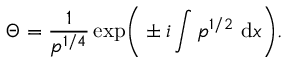
\Theta = \frac { 1 } { p ^ { 1 / 4 } } \exp \! \bigg ( \pm i \int p ^ { 1 / 2 } ~ \mathrm { d } x \bigg ) .